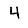
Digit: 4